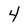
Character: 4